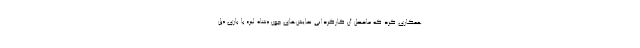
همکاری کرد که ماحصل آن کارگردانی نمایش‌های چون «شاه لیر» با بازی «پل